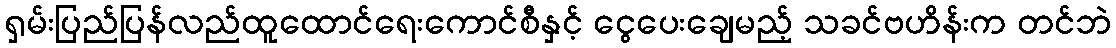
ရှမ်းပြည်ပြန်လည်ထူထောင်ရေးကောင်စီနှင့် ငွေပေးချေမည့် သခင်ဗဟိန်းက တင်ဘဲ